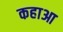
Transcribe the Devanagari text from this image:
कहाआ